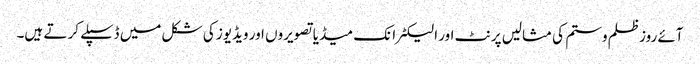
آئے روزظلم وستم کی مثالیں پرنٹ اور الیکٹرانک میڈیا تصویروں اور ویڈیوز کی شکل میں ڈسپلے کر تے ہیں۔